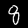
Label: 8